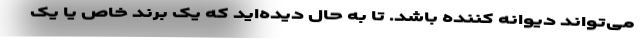
می‌تواند دیوانه کننده باشد. تا به حال دیده‌اید که یک برند خاص یا یک